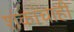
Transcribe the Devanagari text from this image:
शंकांचाही